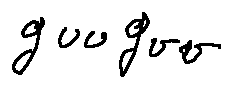
g _ { u u } g _ { v v }